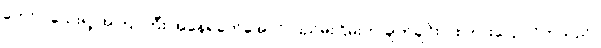
တော်ပါသေးရဲ့ အကြာကြီး အနေရခက်အောင် ပြည်မိုးငြိမ်းက ချက်ချင်းပဲ စကားပြောလိုက်သည်။